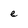
Character: e